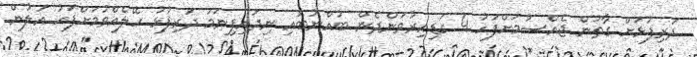
ދަރިފުޅަށް ގާތުން ޖެއްސުމަށްފަހު 4 ގަޑިއިރުވަންދެން ބުއްނުބޮއި ނިދައިފިނަމަ ދަރިފުޅު ހޭލެއްވުމަށްފަހު އަލުން